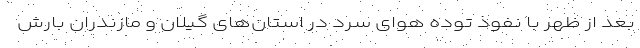
بعد از ظهر با نفوذ توده هوای سرد در استان‌های گیلان و مازندران بارش